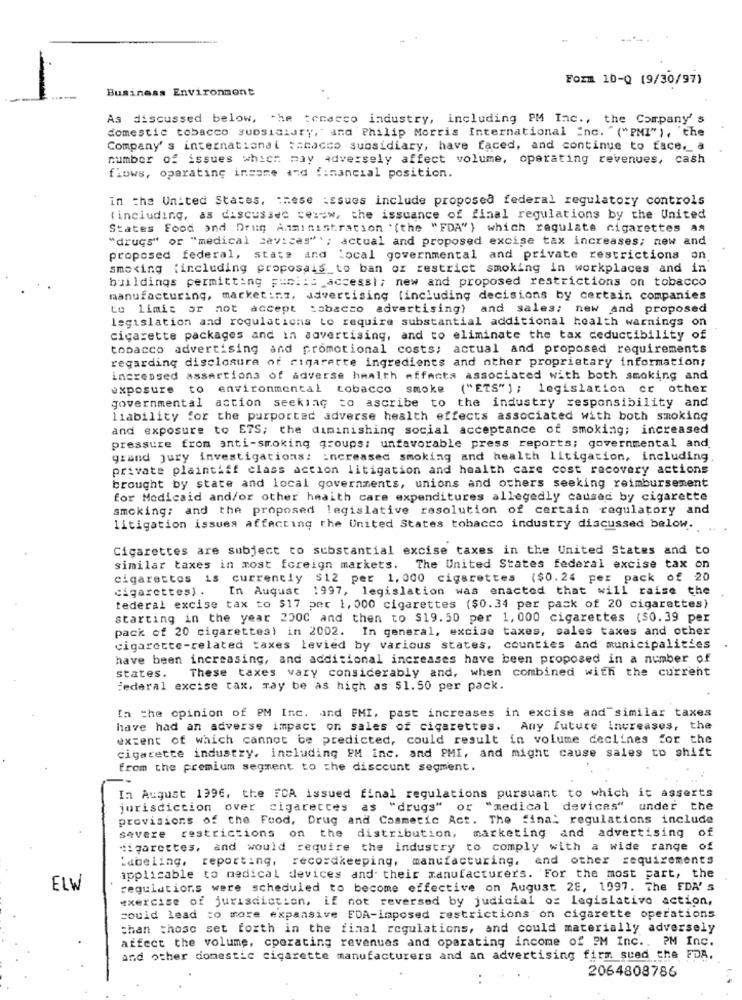
Form 10-Q (9/30/97)
Business Environment
As discussed below, the tcracco industry, including PM Inc ., the Company' s
domestic tobacco subsidiary," and Philip Morris International Inc. " ("PMI" ), "the
Company's international tabacco subsidiary, have faced, and continue to face, a
number of issues which may adversely affect volume, operating revenues, cash
flows, operating income and financial position.
in the United States, these issues include proposed federal regulatory controls
(including, as discussed cerew, the issuance of final regulations by the United
States Food and Drug Anministration '(the "FDA" ) which regulate cigarettes as
"drugs" or "medical sevices"'; actual and proposed excise tax increases; new and
proposed federal, state and local governmental and private restrictions on
smoking (including proposais to ban or restrict smoking in workplaces and in
buildings permitting public accessl; new and proposed restrictions on tobacco
manufacturing, marketing, advertising (including decisions by certain companies
to limit or not accept tabacco advertising) and sales; new and proposed
legislation and regulations to require substantial additional health warnings on
cigarette packages and in advertising, and to eliminate the tax deductibility of
tobacco advertising and promotional costs; actual and proposed requirements
regarding disclosure of cigarette ingredients and other proprietary information;
increased assertions of adverse health effects associated with both smoking and
exposure to environmental tobacco smoke ("ETS" ) ; legislation or other
governmental action seeking to ascribe to the industry responsibility and
liability for the purported adverse health effects associated with both smoking
and exposure to ETS; the diminishing social acceptance of smoking; increased
pressure from anti-smoking groups: unfavorable press reports; governmental and.
grand jury investigations: increased smoking and health litigation, including
private plaintiff class action litigation and health care cost recovery actions
brought by state and local governments, unions and others seeking reimbursement
for Medicaid and/or other health care expenditures allegedly caused by cigarette
smoking; and the proposed legislative resolution of certain regulatory and
litigation issues affecting the United States tobacco industry discussed below ....
Cigarettes are subject to substantial excise taxes in the United States and to
similar taxes in most foreign markets. The United States federal excise tax on
cigarettes is currently $12 per 1, 000 cigarettes ($0.24 per pack of 20
cigarettes) .
In August 1997, legislation was enacted that will raise the
tederal excise tax to $17 per 1, 000 cigarettes ($0.34 per pack of 20 cigarettes)
starting in the year 2000 and then to $19.50 per 1, 000 cigarettes ($0.39 per
pack of 20 cigarettes) in 2002. In general, excise taxes, sales taxes and other
cigarette-related taxes levied by various states, counties and municipalities
have been increasing, and additional increases have been proposed in a number of
These taxes vary considerably and, when combined with the current
states.
federal excise tax, may be as high as $1.50 per pack.
In the opinion of PM Inc. and FMI, past increases in excise and similar taxes
have had an adverse impact on sales of cigarettes. Any future increases, the
extent of which cannot be predicted, could result in volume declines for the
cigarette industry, including PM inc. and PMI, and might cause sales to shift
from the premium segment to the discount segment.
In August 1996, the FCA issued final regulations pursuant to which it asserts
jurisdiction over cigarettes as "drugs" or "medical devices" under the
provisions of the Food, Drug and Cosmetic Act. The final regulations include
severe restrictions on the distribution, marketing and advertising of
cigarettes, and would require the industry to comply with a wide range of
'dbeling, reporting, recordkeeping, manufacturing, and other requirements
applicable to medical devices and their manufacturers. For the most part, the
ELW
regulations were scheduled to become effective on August 28, 1997. The FDA' S
exercise of jurisdiction, if not reversed by judicial of legislative action,
could lead to more expansive FDA-imposed restrictions on cigarette operations
than those set forth in the final regulations, and could materially adversely
affect the volume, cporating revenues and operating income of OM Inc .. PM Inc.
and other domestic cigarette manufacturers and an advertising firm sued the FDA.
2064808786
..